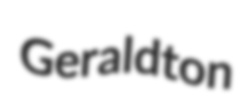
Geraldton